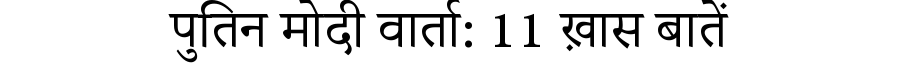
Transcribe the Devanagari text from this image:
पुतिन मोदी वार्ता: 11 ख़ास बातें